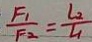
\frac { F _ { 1 } } { F _ { 2 } } = \frac { L _ { 2 } } { L _ { 1 } }